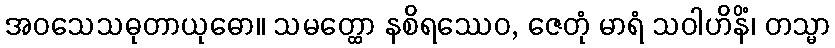
အဝသေသဓုတာယုဓော။ သမတ္ထော နစိရဿေဝ, ဇေတုံ မာရံ သဝါဟိနိံ၊ တသ္မာ